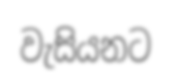
වැසියනට